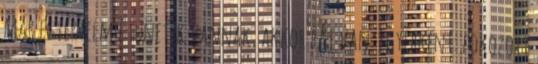
már egyértelmű tünetek vannak, akkor baj van. Egyébként: fokozott